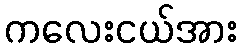
ကလေးငယ်အား